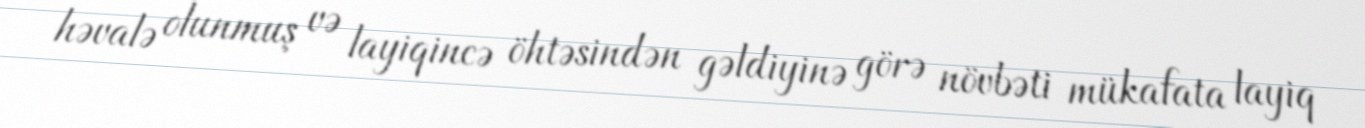
həvalə olunmuş və layiqincə öhtəsindən gəldiyinə görə növbəti mükafata layiq